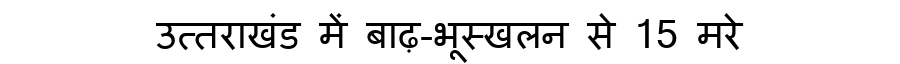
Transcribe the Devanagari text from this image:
उत्तराखंड में बाढ़-भूस्खलन से 15 मरे